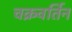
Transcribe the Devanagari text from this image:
चक्रवर्तिन